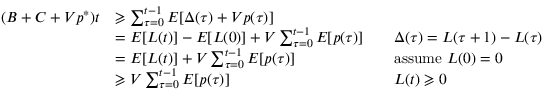
{ \begin{array} { r l r l } { ( B + C + V p ^ { * } ) t } & { \geqslant \sum _ { \tau = 0 } ^ { t - 1 } E [ \Delta ( \tau ) + V p ( \tau ) ] } \\ & { = E [ L ( t ) ] - E [ L ( 0 ) ] + V \sum _ { \tau = 0 } ^ { t - 1 } E [ p ( \tau ) ] } & & { \Delta ( \tau ) = L ( \tau + 1 ) - L ( \tau ) } \\ & { = E [ L ( t ) ] + V \sum _ { \tau = 0 } ^ { t - 1 } E [ p ( \tau ) ] } & & { { \mathrm { a s s u m e ~ } } L ( 0 ) = 0 } \\ & { \geqslant V \sum _ { \tau = 0 } ^ { t - 1 } E [ p ( \tau ) ] } & & { L ( t ) \geqslant 0 } \end{array} }